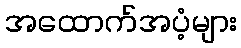
အထောက်အပံ့များ